Lunatic asylums Punjab 1895-1910 - 1895-1910
Year: 1895
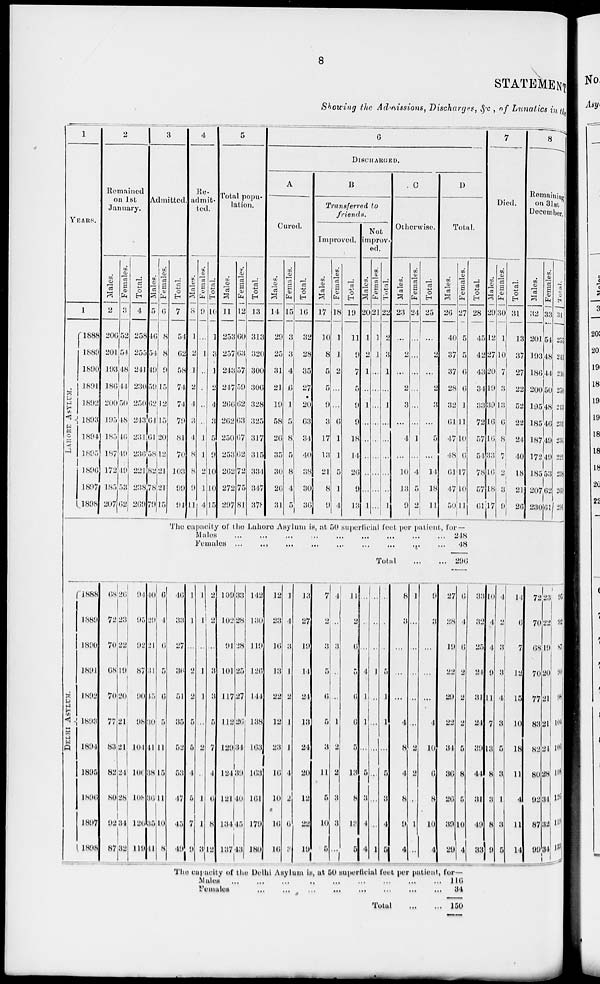
8
STATEMENT
Showing the Admissions, Discharges, &c., of Lunatics in the
1
YEARS.
1
LAHORE
ASYLUM.
1888
1889
1890
1891
1892
1893
1894
1895
1896 1897
1898
2
Remained
on 1st
January.
Males.
2
206
201
193
186
200
195
185
187
172
185
207
Females.
3
52
54
48
44
50
48
46
49
49
53
62
Total.
4
258
255
241
230
250
243
231
236
221
238
269
3
Admitted.
Males.
5
46
54
49
59
62
64
61
58
82
78
79
Females.
6
8
8
9
15
12
15
20
12
21
21
15
Total.
7
54
62
58
74
74
79
81
70
103
99
94
4
Re-
admit-
ted.
Males.
8
1
2
1
2
4
3
4
8
8
9
11
Females.
9
...
1
...
...
...
...
1
1
2
1
4
Total.
10
1
3
1
2
4
3
5
9
10
10
15
5
Total popu-
lation.
Males.
11
253
207
243
247
266
262
250
253
262
272
297
Females.
12
60
63
57
59
62
63
67
62
72
75
81
Total.
13
313
320
300
306
328
325
317
315
334
347
378
6
DISCHARGED.
A
Cured.
Males.
14
29
25
31
21
19
58
26
35
30
26
31
Females.
15
3
3
4
6
l
5
8
5
8
4
5
Total.
16
32
28
35
27
20
63
34
40
38
30
36
B
Transferred to
friends.
Improved.
Males.
17
10
8
5
5
9
3
17
13
21
8
9
Females.
18
1
1
2
...
...
6
1
1
5
1
4
Total.
19
11
9
7
5
9 9
18
14
26
9
13
Not
improv-
ed.
Males.
20
1
2
1
...
1
...
...
...
...
...
1
Females.
21
1
1
...
...
...
...
...
...
...
...
...
Total.
22
2
3
1
...
1
...
...
...
...
...
1
C
Otherwise.
Males.
23
...
2
...
2
3
...
4
...
10
13
9
Females.
24
...
...
...
...
...
...
1
...
4
5
2
Total.
25
...
2
...
2
3
...
5
...
14
18
11
D
Total.
Males.
26
40
37
37
28
32
01
47
48
61
47
50
Females.
27
5
5
6
6
1
11
10
6
17
10
11
Total.
28
45
42
43
34
33
72
57
54
78
57
61
7
Died.
Males.
29
12
27
20
19
39
16
16
33
16
18
17
Females.
30
1
10
7
3
13
6
8
7
2
3
9
Total.
31
13
37
27
22
52
22
24
40
18
21
26
8
Remaining
on 31st
December.
Males.
32
201
193
186
200
195
185
187
172
185
207
230
Females.
33
54
48
44
50
48
46
49
49
53
62
61
Total.
34
255
241
230
250
213
231
236
221
238
269
291
The capacity of the Lahore Asylum is, at 50 superficial feet per patient, for —
Mates
...
...
...
...
....
...
...
Females
...
...
...
...
....
...
...
Total ... ...
248 48
296
DELHI
ASYLIM.
1888
1889
1890
1891
1892
1893
1894
1895
1896
1897
1898
68
72
70
68
70
77
83
82
80
92
87
26
23
22
19
20
21
21
24
28
34
32
94
95
92
87
90
98
104
106
108
126
119
40
29
21
31
45
30
41
38
36
35
41
6
4
6
5
6
5
11
15
11
10
8
46
33
27
36
51
35
52
53
47
45
41
1
1
...
2
2
5
5
4
5
7
9
1
1
...
1
1
...
2
...
1
1
3
2
2
...
3
3
5
7
4
6
8
12
109
102
91
101
117
112
129
124
121
134
137
33
28
28
25
27
26
34
39
40
45
43
142
130
119
126
144
138
163
163
101
179
180
12
23
16
13
22
12
23
19
10
16
16
1
4
3
1
2
1
1
4
2
6
3
13
27
19
14
24
13
24
20
12
22
19
7
2
3
5
6
5
3
11
6
10
5
4
...
3
...
...
1
2
2
3
3
...
11
2
6
5
6
6
5
13
9
13
5
...
...
...
4
1
1
...
5
3
4
4
...
...
...
1
...
...
...
...
...
...
1
...
...
...
5
1
1
...
5
3
4
5
8
3
...
...
...
4
8
4
8
0
4
1
...
...
...
...
...
2
2
...
1
...
9
3
...
...
...
4
10
6
8
10
4
27
28
19
22
29
22
34
36
26
39
29
6
4
6
2
2
2
5
8
5
10
4
33
32
25
24
31
24
39
44
31
49
33
10
4
4
9
11
7
13
8
3
8
9
4
2
3
3
4
3
5
3
1
3
5
14
6
7
12
15
10
18
11
4
11
14
72
70
68
70
77
83
82
80
92
87
99
23
22
19
20
21
21
24
28
34
32
34
95
92
87
90
98
104
106
108
126
119
133
The capacity of the Delhi Asylum is, at 60 superficial feet per patient, for—
Males ... ... ... ... .... ... ...
Females ... ... ... ... .... ... ...
Total
...
...
116
34
150